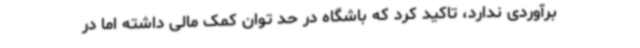
برآوردی ندارد، تاکید کرد که باشگاه در حد توان کمک مالی داشته اما در